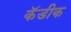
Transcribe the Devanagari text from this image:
कॅडीक